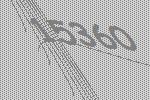
15360